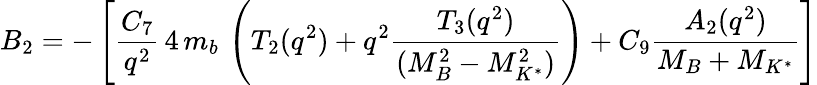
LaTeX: B_{2}=-\left[{\frac{C_{7}}{q^{2}}}\, 4\, m_{b}\, \left(T_{2}(q^{2})+q^{2}{\frac{T_{3}(q^{2})}{(M_{B}^{2}-M_{K^{*}}^{2})}}\right)+C_{9}{\frac{A_{2}(q^{2})}{M_{B}+M_{K^{*}}}}\right]